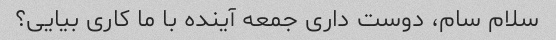
سلام سام، دوست داری جمعه آینده با ما کاری بیایی؟